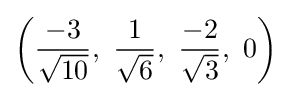
\left({\frac {-3}{\sqrt {10}}},\ {\frac {1}{\sqrt {6}}},\ {\frac {-2}{\sqrt {3}}},\ 0\right)